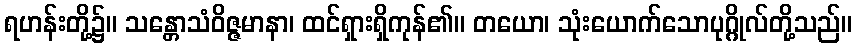
ရဟန်းတို့၌။ သန္တောသံဝိဇ္ဇမာနာ၊ ထင်ရှားရှိကုန်၏။ တယော၊ သုံးယောက်သောပုဂ္ဂိုလ်တို့သည်။